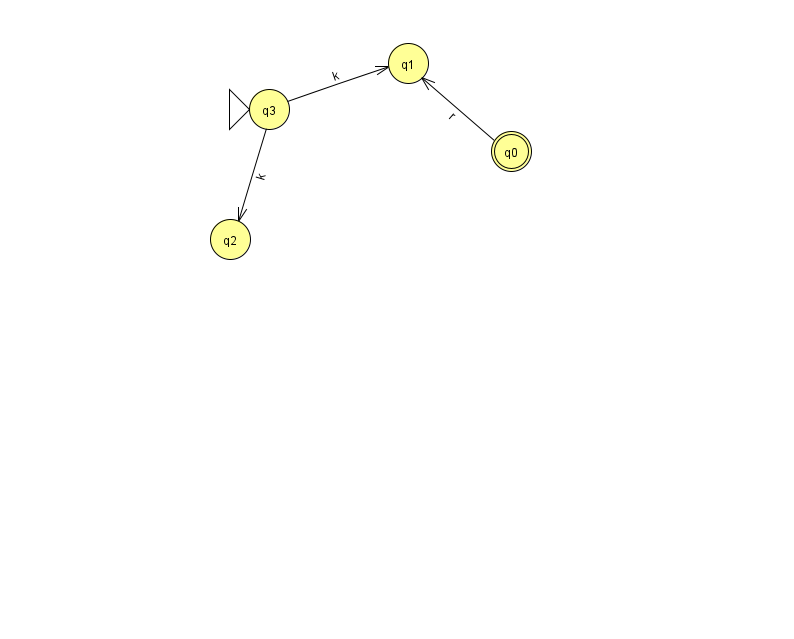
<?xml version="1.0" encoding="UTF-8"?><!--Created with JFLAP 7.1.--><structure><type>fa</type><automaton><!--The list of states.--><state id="0" name="q0"><x>511.0</x><y>138.0</y><final/></state><state id="1" name="q1"><x>408.0</x><y>50.0</y></state><state id="2" name="q2"><x>230.0</x><y>226.0</y></state><state id="3" name="q3"><x>269.0</x><y>96.0</y><initial/></state><!--The list of transitions.--><transition><from>0</from><to>1</to><read>r</read></transition><transition><from>3</from><to>2</to><read>k</read></transition><transition><from>3</from><to>1</to><read>k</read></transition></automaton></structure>